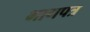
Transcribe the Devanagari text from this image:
भागपत्र